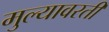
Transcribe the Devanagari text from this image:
मुल्यावरती